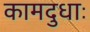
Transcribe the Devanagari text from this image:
कामदुधाः